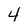
Character: 4